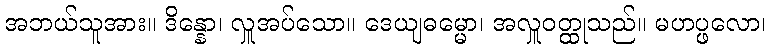
အဘယ်သူအား။ ဒိန္နော၊ လှူအပ်သော။ ဒေယျဓမ္မော၊ အလှူဝတ္ထုသည်။ မဟပ္ဖလော၊